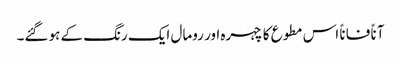
آناً فاناً اس مطوع کا چہرہ اور رومال ایک رنگ کے ہو گئے۔